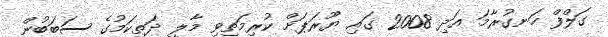
ގަލްފް ހަނގުރާމަ އަދި 2008 ގައި ޔޫރަޕަށް ކުރިމަތިވި މާލީ ދަތިކަމުގެ ސަބަބުން